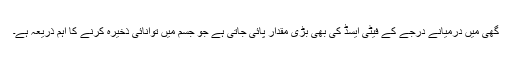
گھی میں درمیانے درجے کے فیٹی ایسڈ کی بھی بڑی مقدار پائی جاتی ہے جو جسم میں توانائی ذخیرہ کرنے کا اہم ذریعہ ہے۔